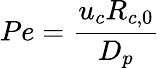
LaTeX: Pe=\frac{{{u_{c}}{R_{c,0}}}}{{{D_{p}}}}